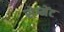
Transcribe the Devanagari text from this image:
सेग्मेंट